Annual report on the mental hospital in the Central Provinces and Berar (Nagpur) - 1927-1951
Year: 1927
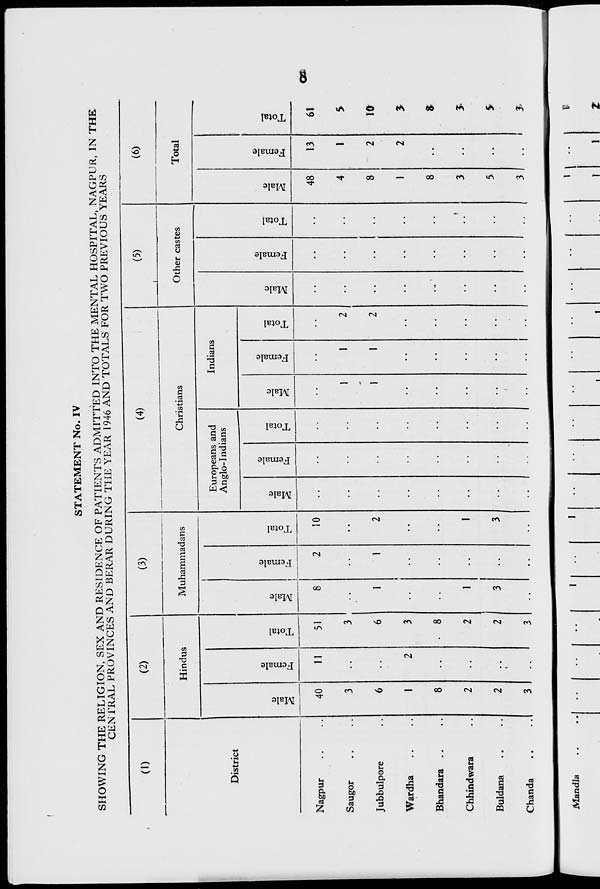
STATEMENT No. IV
SHOWING THE RELIGION, SEX AND RESIDENCE OF PATIENTS ADMITTED INTO THE MENTAL HOSPITAL, NAGPUR, IN THE
CEN FRAL PROVINCES AND BERAR DURING THE YEAR 1946 AND TOTALS FOR TWO PREVIOUS YEARS
(1)
(2)
(3)
(4)
(5)
i
(6)
Hindus
Muhammadans
Christians
Other castes
Total
i
Europeans and
Indians
District
u
0>
Anglo-Indians
<u
&>
u
V
"«
re
£
re
"3
re
a
re
re
re
a
re
43
"re
re
a
re
■i->
re
re
a
"re
re
re
a
3
£
o
§
1
0
h
§
O
s
o
s 0) o s EC, o
E-
6!
Nagpur
40
11
51
8
2
10
48
13
at
Saugor
3
3
1
1
^
_
4
1
$
Jubbulpore
6
6
1
1
2
1
1
2
8
2
to
Wardha
1
2
3
■•
1
2
5
Bhandara
8
. 8
8
»
Chhindwara
2
2
1
1
!
3
5
Buldana
2
,
2
3
3
(
5
$
Chanda
3
3
.. i..
.. 1
..
• • 1 3, .. • 3
Mandla
z